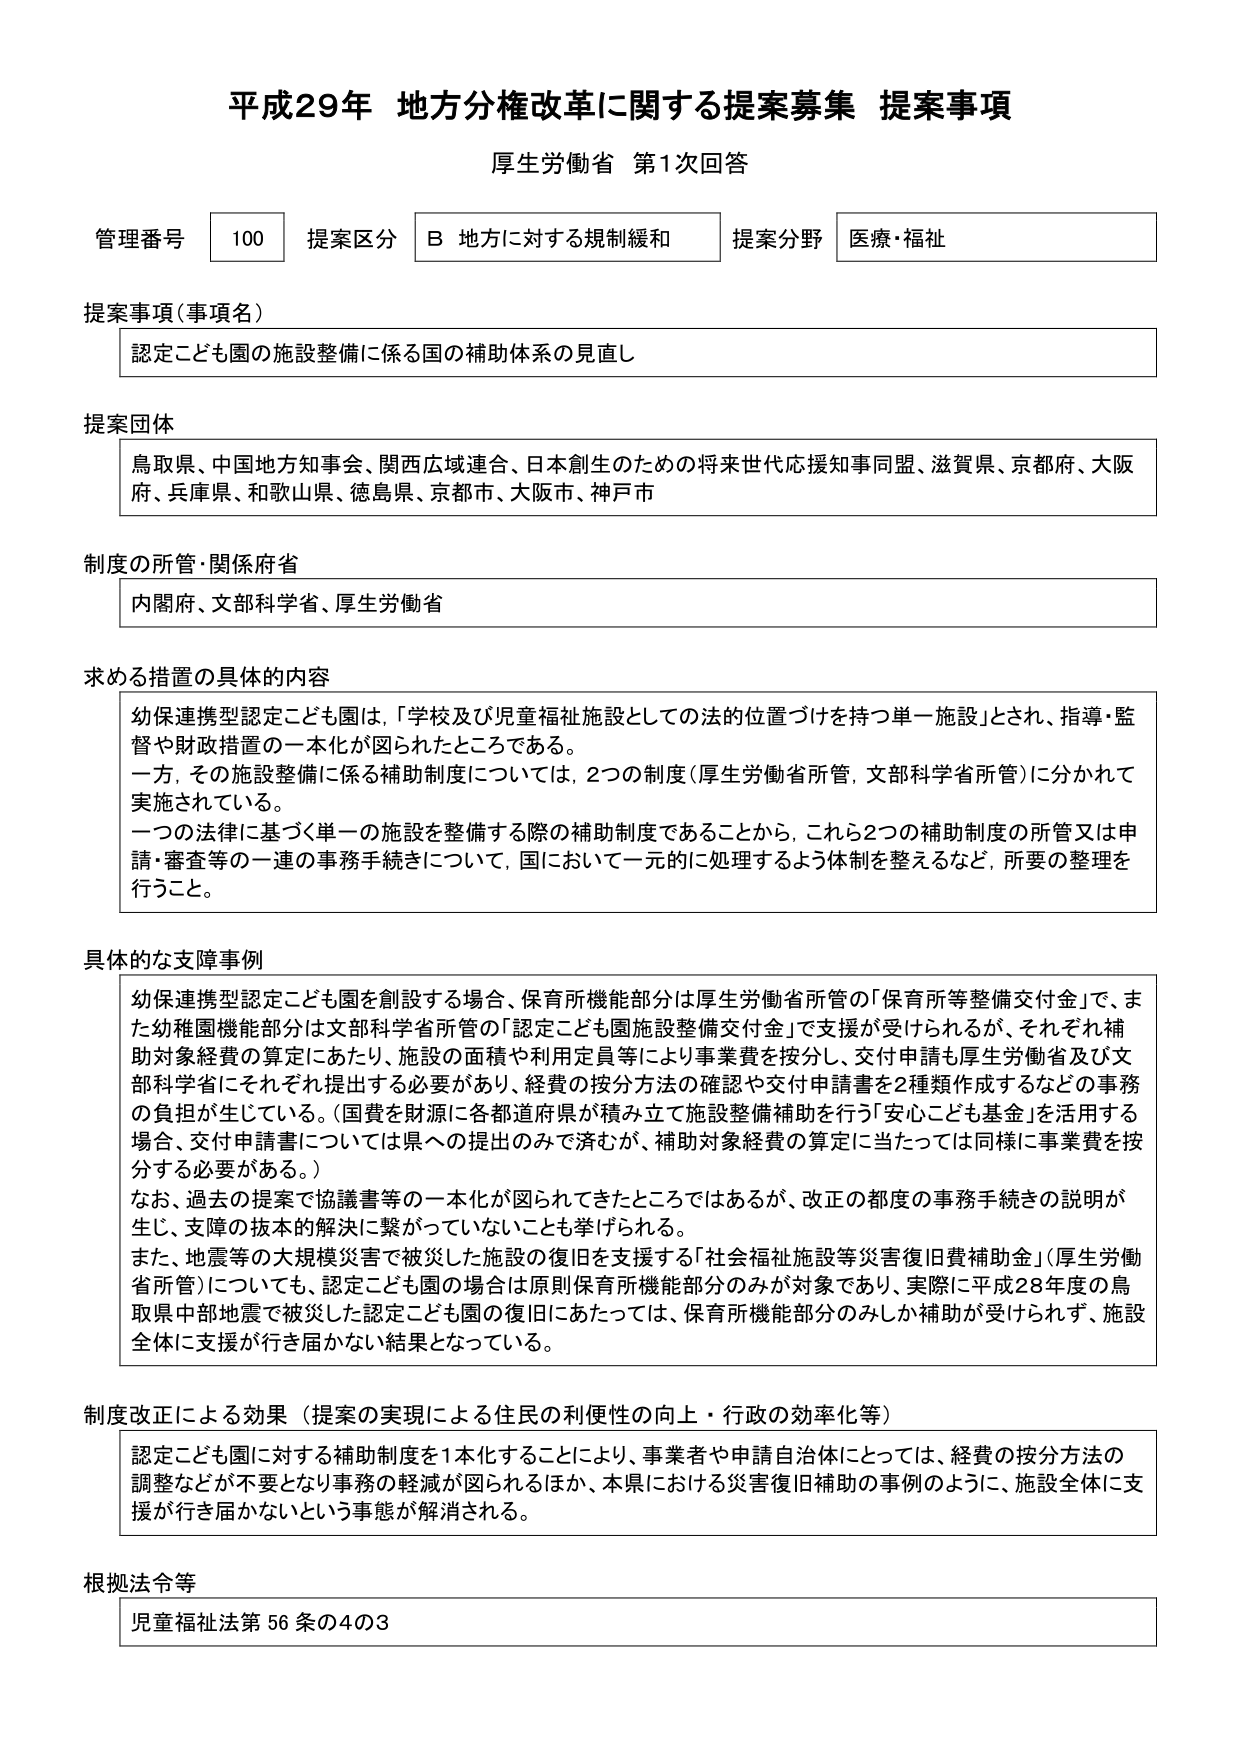
平成29年 地方分権改革に関する提案募集 提案事項
厚生労働省 第1次回答

管理番号 100 提案区分 B 地方に対する規制緩和 提案分野 医療・福祉

提案事項（事項名）
認定こども園の施設整備に係る国の補助体系の見直し

提案団体
鳥取県、中国地方知事会、関西広域連合、日本創生のための将来世代応援知事同盟、滋賀県、京都府、大阪府、兵庫県、和歌山県、徳島県、京都市、大阪市、神戸市

制度の所管・関係府省
内閣府、文部科学省、厚生労働省

求める措置の具体的内容
幼保連携型認定こども園は、「学校及び児童福祉施設としての法的位置づけを持つ単一施設」とされ、指導・監督や財政措置の一元化が図られたところである。
一方、その施設整備に係る補助制度については、2つの制度（厚生労働省所管、文部科学省所管）に分かれて実施されている。
一つの法律に基づく単一の施設を整備する際の補助制度であることから、これら2つの補助制度の所管又は申請・審査等の一連の事務手続きについて、国において一元的に処理するよう体制を整えるなど、所要の整理を行うこと。

具体的な支障事例
幼保連携型認定こども園を創設する場合、保育所機能部分は厚生労働省所管の「保育所等整備交付金」で、また幼稚園機能部分は文部科学省所管の「認定こども園施設整備交付金」で支援が受けられるが、それぞれ補助対象経費の算定にあたり、施設の面積や利用定員等により事業費を按分し、交付申請も厚生労働省及び文部科学省にそれぞれ提出する必要があり、経費の按分方法の確認や交付申請書を2種類作成するなどの事務の負担が生じている。（国費を財源に各都道府県が積み立て施設整備補助を行う「安心こども基金」を活用する場合、交付申請書については県への提出のみで済むが、補助対象経費の算定に当たっては同様に事業費を按分する必要がある。）
なお、過去の提案で協議書等の一元化が図られてきたところではあるが、改正の都度の事務手続きの説明が生じ、支障の抜本的解決に繋がっていないことも挙げられる。
また、地震等の大規模災害で被災した施設の復旧を支援する「社会福祉施設等災害復旧費補助金」（厚生労働省所管）についても、認定こども園の場合は原則保育所機能部分のみが対象であり、実際に平成28年度の鳥取県中部地震で被災した認定こども園の復旧にあたっては、保育所機能部分のみしか補助が受けられず、施設全体に支援が行き届かない結果となっている。

制度改正による効果（提案の実現による住民の利便性の向上・行政の効率化等）
認定こども園に対する補助制度を1本化することにより、事業者や申請自治体にとっては、経費の按分方法の調整などが不要となり事務の軽減が図られるほか、本県における災害復旧補助の事例のように、施設全体に支援が行き届かないという事態が解消される。

根拠法令等
児童福祉法第56条の4の3